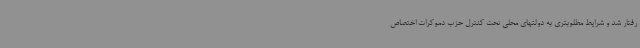
رفتار شد و شرایط مطلوبتری به دولتهای محلی تحت کنترل حزب دموکرات اختصاص